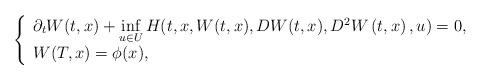
LaTeX: \begin{align*}\left\{\begin{array}[c]{l}\partial_{t}W(t,x)+\inf\limits_{u\in U}H(t,x,W(t,x),DW(t,x),D^{2}W\left(t,x\right) ,u)=0,\\W(T,x)=\phi(x),\end{array}\right. \end{align*}